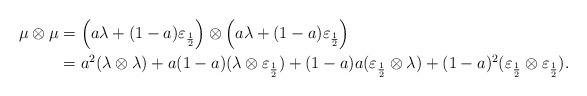
LaTeX: \begin{align*}\mu\otimes\mu&=\left(a\lambda+(1-a)\varepsilon_{\frac{1}{2}}\right)\otimes \left(a\lambda+(1-a)\varepsilon_{\frac{1}{2}}\right)\\&=a^2(\lambda\otimes\lambda)+a(1-a)(\lambda\otimes\varepsilon_{\frac{1}{2}})+(1-a)a(\varepsilon_{\frac{1}{2}}\otimes\lambda)+(1-a)^2(\varepsilon_{\frac{1}{2}}\otimes\varepsilon_{\frac{1}{2}}).\end{align*}